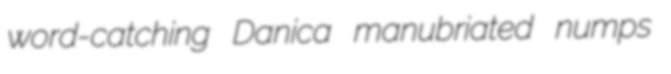
word-catching Danica manubriated numps